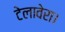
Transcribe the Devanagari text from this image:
टेलावेरा।